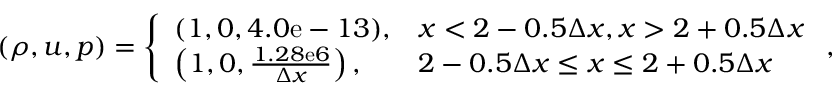
( \rho , u , p ) = \left\{ \begin{array} { l l } { ( 1 , 0 , 4 . 0 \mathrm { e } - 1 3 ) , } & { x < 2 - 0 . 5 \Delta x , x > 2 + 0 . 5 \Delta x } \\ { \left( 1 , 0 , \frac { 1 . 2 8 \mathrm { e } 6 } { \Delta x } \right) , } & { 2 - 0 . 5 \Delta x \leq x \leq 2 + 0 . 5 \Delta x } \end{array} \right. ,